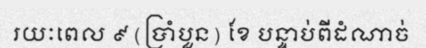
រយៈពេល ៩ (ប្រាំបួន) ខែ បន្ទាប់ពីដំណាច់